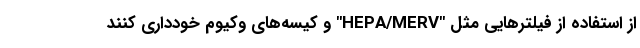
از استفاده از فیلترهایی مثل "HEPA/MERV" و کیسه‌های وکیوم خودداری کنند